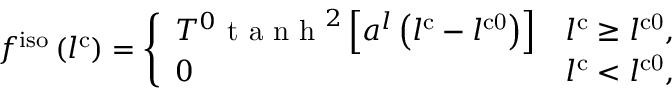
f ^ { \mathrm { i s o } } \left( l ^ { \mathrm { c } } \right) = \left\{ \begin{array} { l l } { T ^ { 0 } \mathrm { ~ t ~ a ~ n ~ h ~ } ^ { 2 } \left[ a ^ { l } \left( l ^ { \mathrm { c } } - l ^ { \mathrm { c 0 } } \right) \right] } & { l ^ { \mathrm { c } } \geq l ^ { \mathrm { c 0 } } , } \\ { 0 } & { l ^ { \mathrm { c } } < l ^ { \mathrm { c 0 } } , } \end{array} \right.